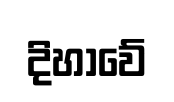
දිහාවේ